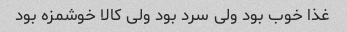
غذا خوب بود ولی سرد بود ولی کالا خوشمزه بود